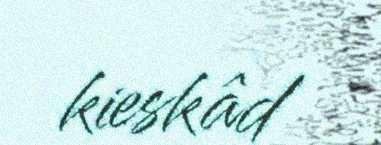
kieskâd